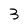
Character: 3